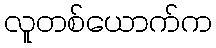
လူတစ်ယောက်က